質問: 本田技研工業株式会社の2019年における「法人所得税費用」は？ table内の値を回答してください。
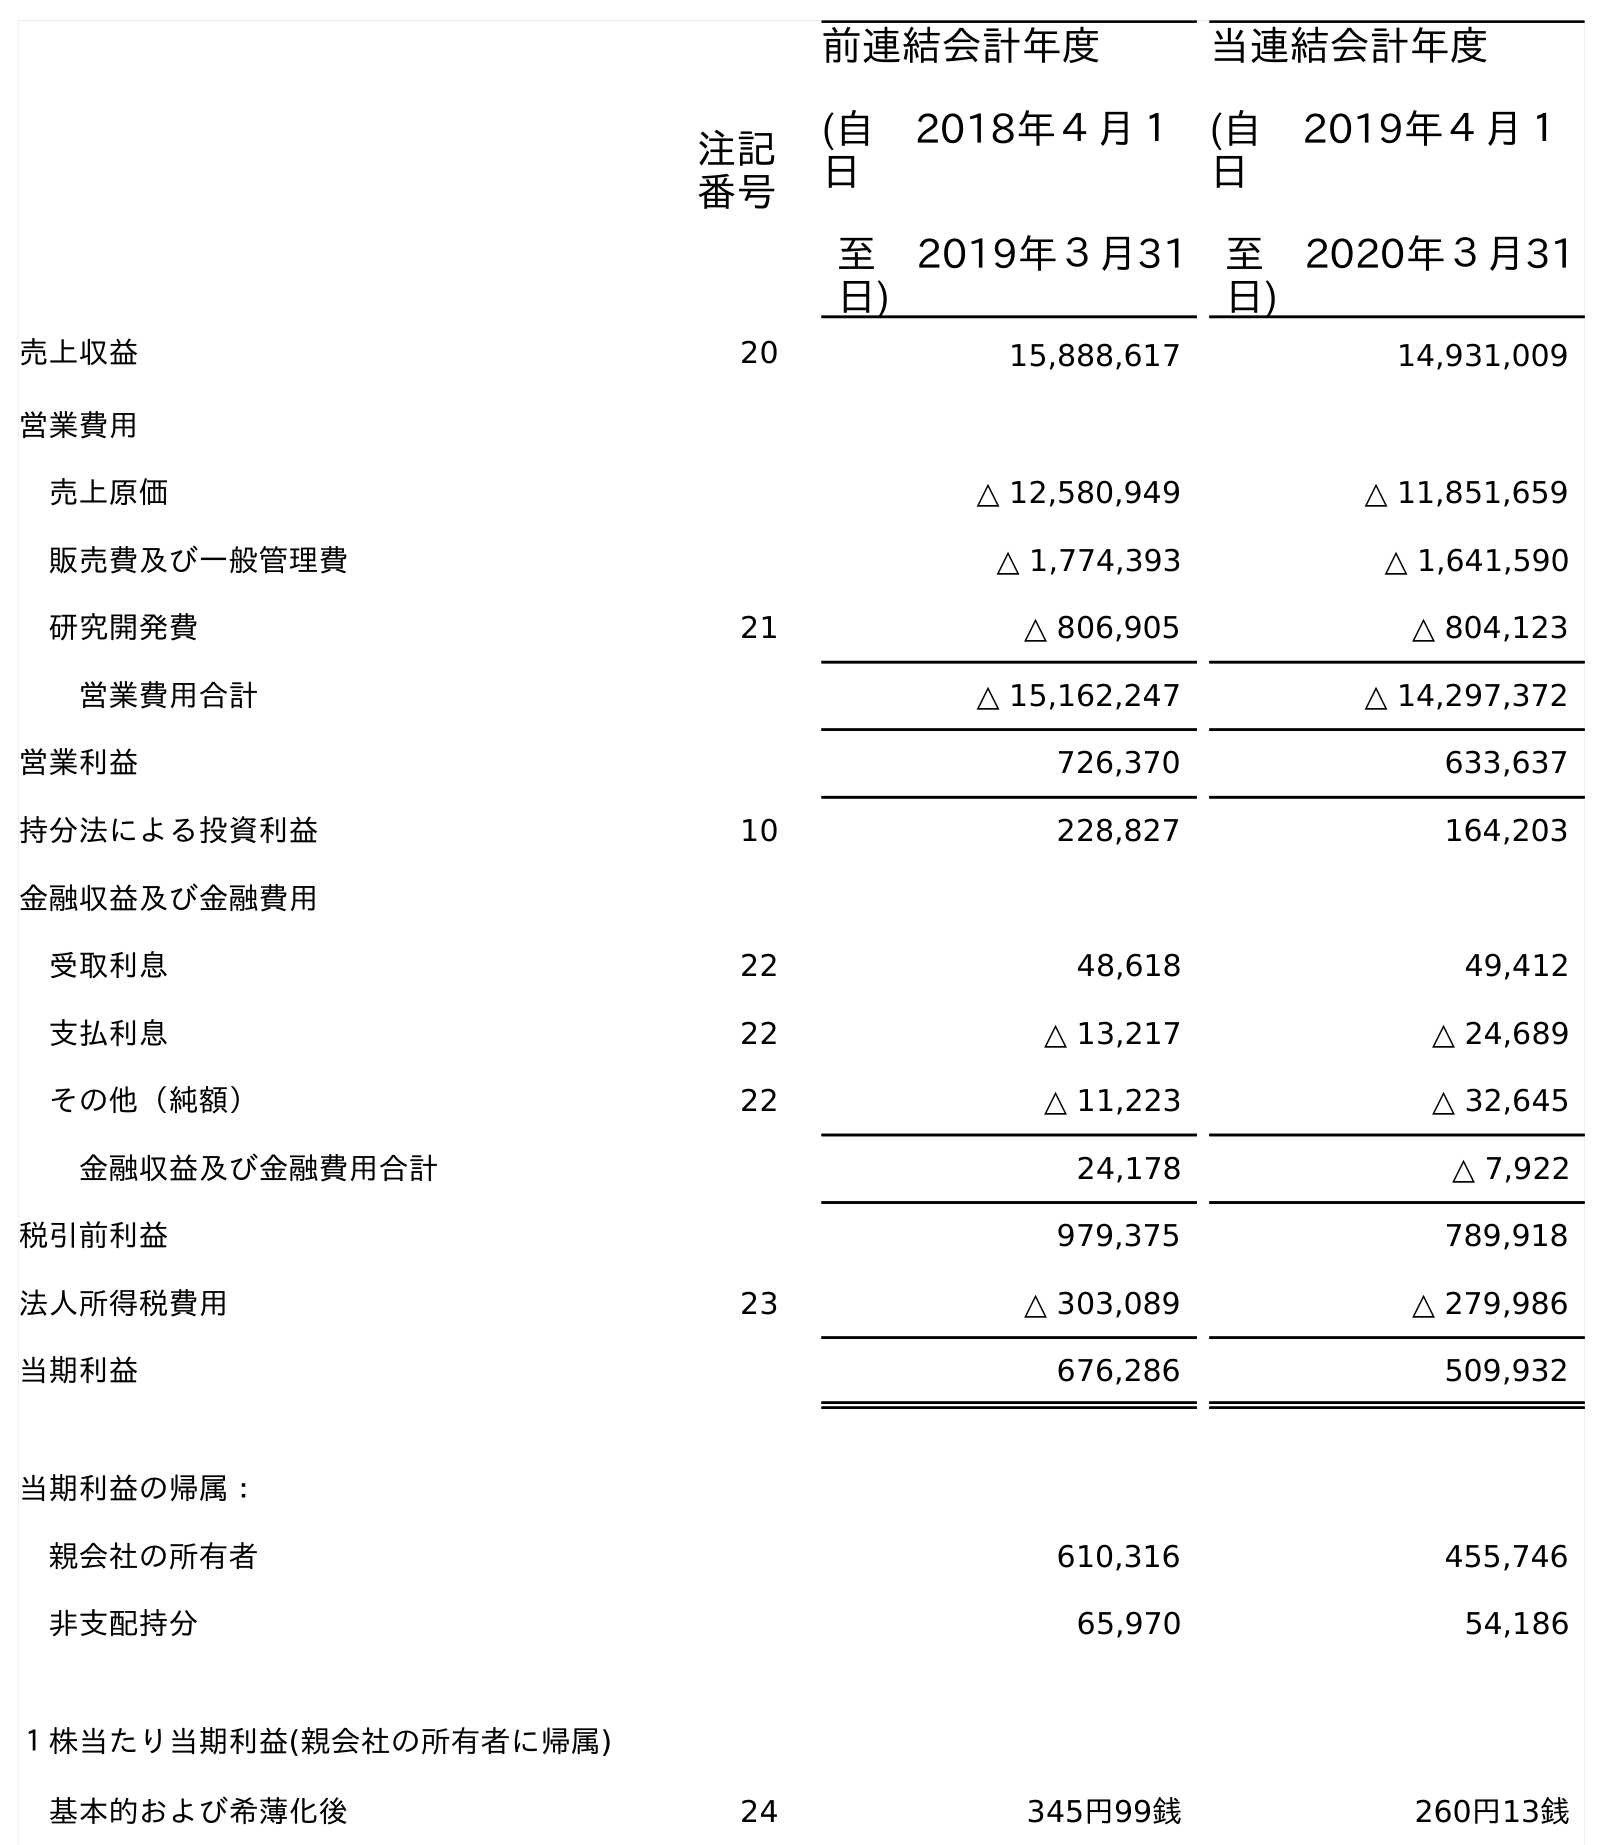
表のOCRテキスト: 注記 番号 前連結会計年度 (自 2018年４月１ 日 至 2019年３月31 日) 当連結会計年度 (自 2019年４月１ 日 至 2020年３月31 日) 売上収益 20 15,888,617 14,931,009 営業費用 売上原価 △ 12,580,949 △ 11,851,659 販売費及び一般管理費 △ 1,774,393 △ 1,641,590 研究開発費 21 △ 806,905 △ 804,123 営業費用合計 △ 15,162,247 △ 14,297,372 営業利益 726,370 633,637 持分法による投資利益 10 228,827 164,203 金融収益及び金融費用 受取利息 22 48,618 49,412 支払利息 22 △ 13,217 △ 24,689 その他（純額） 22 △ 11,223 △ 32,645 金融収益及び金融費用合計 24,178 △ 7,922 税引前利益 979,375 789,918 法人所得税費用 23 △ 303,089 △ 279,986 当期利益 676,286 509,932 当期利益の帰属： 親会社の所有者 610,316 455,746 非支配持分 65,970 54,186 １株当たり当期利益(親会社の所有者に帰属) 基本的および希薄化後 24 345円99銭 260円13銭
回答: △303,089